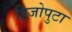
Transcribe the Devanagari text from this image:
हिजोपुटा